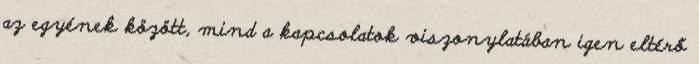
az egyének között, mind a kapcsolatok viszonylatában igen eltérő